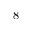
8